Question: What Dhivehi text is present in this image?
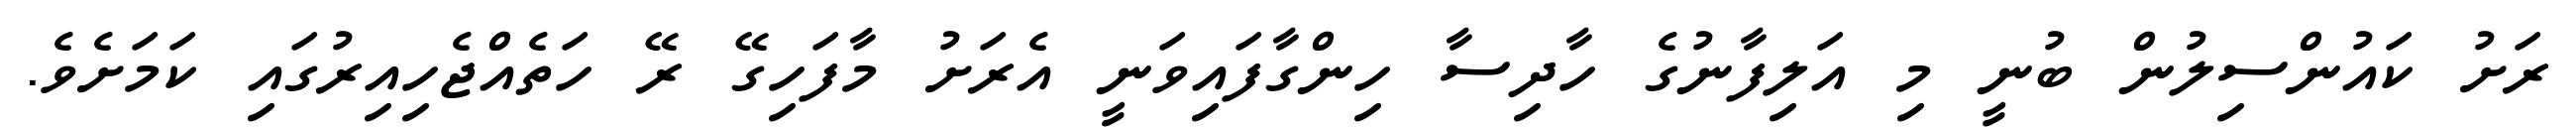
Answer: ރަށު ކައުންސިލުން ބުނީ މި އަލިފާނުގެ ހާދިސާ ހިންގާފައިވަނީ އެރަށު މާފަހިގޭ ރޭ ހަތެއްޖެހިއިރުގައި ކަމަށެވެ.